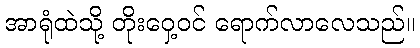
အာရုံထဲသို့ တိုးဝှေ့ဝင် ရောက်လာလေသည်။